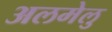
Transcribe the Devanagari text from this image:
अलमेलु